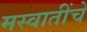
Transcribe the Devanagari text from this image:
मस्वातींचे